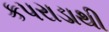
કપરાડાથી